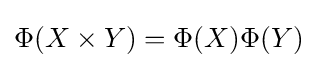
\Phi (X\times Y)=\Phi (X)\Phi (Y)